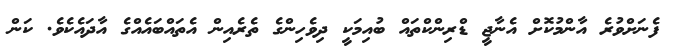
ފެނަށްވުރެ އާންމުކޮށް އެނާޖީ ޑްރިންކްތައް ބުއިމަކީ ދިވެހިންގެ ތެރެއިން އެތައްބައެއްގެ އާދައެކެވެ. ކަން